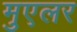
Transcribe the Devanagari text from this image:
मुएलर